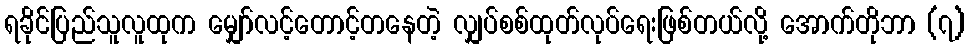
ရခိုင်ပြည်သူလူထုက မျှော်လင့်တောင့်တနေတဲ့ လျှပ်စစ်ထုတ်လုပ်ရေးဖြစ်တယ်လို့ အောက်တိုဘာ (၇)